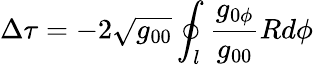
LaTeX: \Delta\tau=-2\sqrt{g_{00}}\oint_{l}{\frac{g_{0\phi}}{g_{00}}Rd\phi}